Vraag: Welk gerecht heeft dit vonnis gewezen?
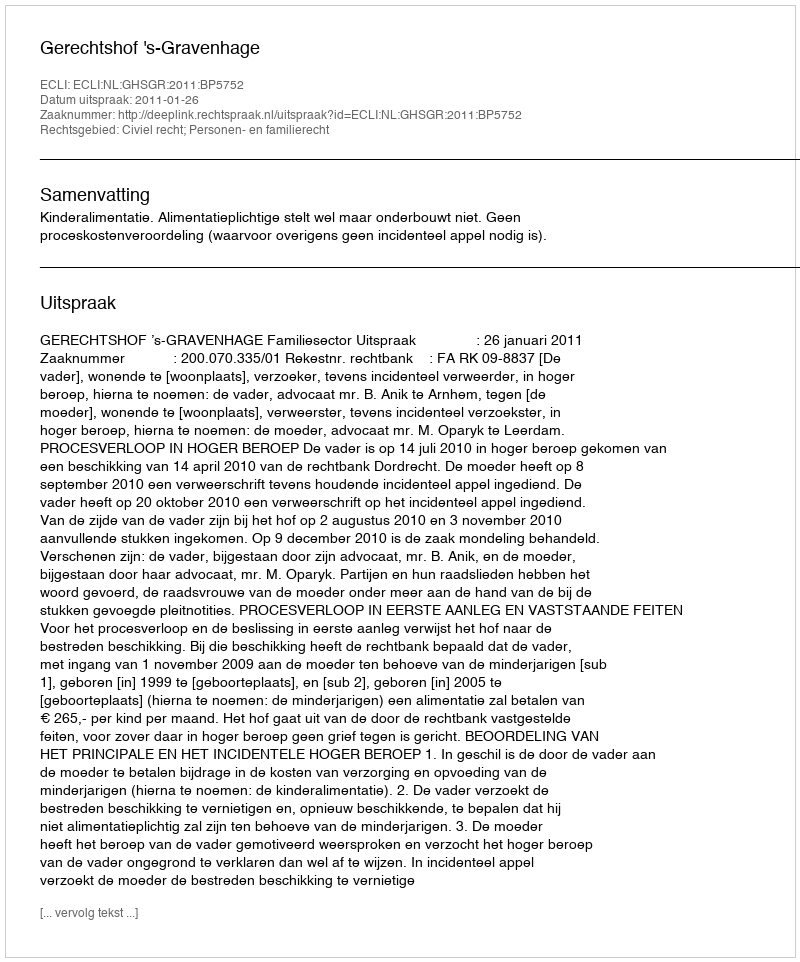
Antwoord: Gerechtshof 's-Gravenhage